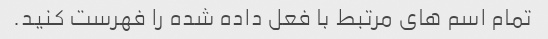
تمام اسم های مرتبط با فعل داده شده را فهرست کنید.